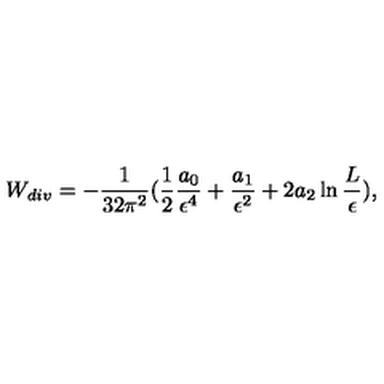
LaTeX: W _ { d i v } = - { \frac { 1 } { 3 2 \pi ^ { 2 } } } ( { \frac { 1 } { 2 } } { \frac { a _ { 0 } } { \epsilon ^ { 4 } } } + { \frac { a _ { 1 } } { \epsilon ^ { 2 } } } + 2 a _ { 2 } \ln { \frac { L } { \epsilon } } ) ,